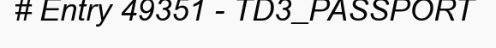
# Entry 49351 - TD3_PASSPORT